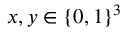
x , y \in \{ 0 , 1 \} ^ { 3 }